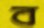
ব